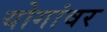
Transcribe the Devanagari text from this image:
योगांवर